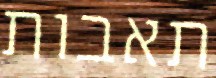
תאבות